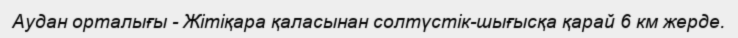
Аудан орталығы - Жітіқара қаласынан солтүстік-шығысқа қарай 6 км жерде.